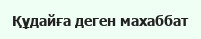
Құдайға деген махаббат